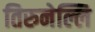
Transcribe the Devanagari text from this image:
तिरुनेल्लि